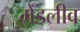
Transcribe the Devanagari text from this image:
मेँडलीव